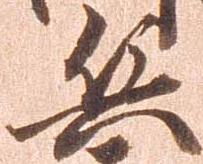
兵